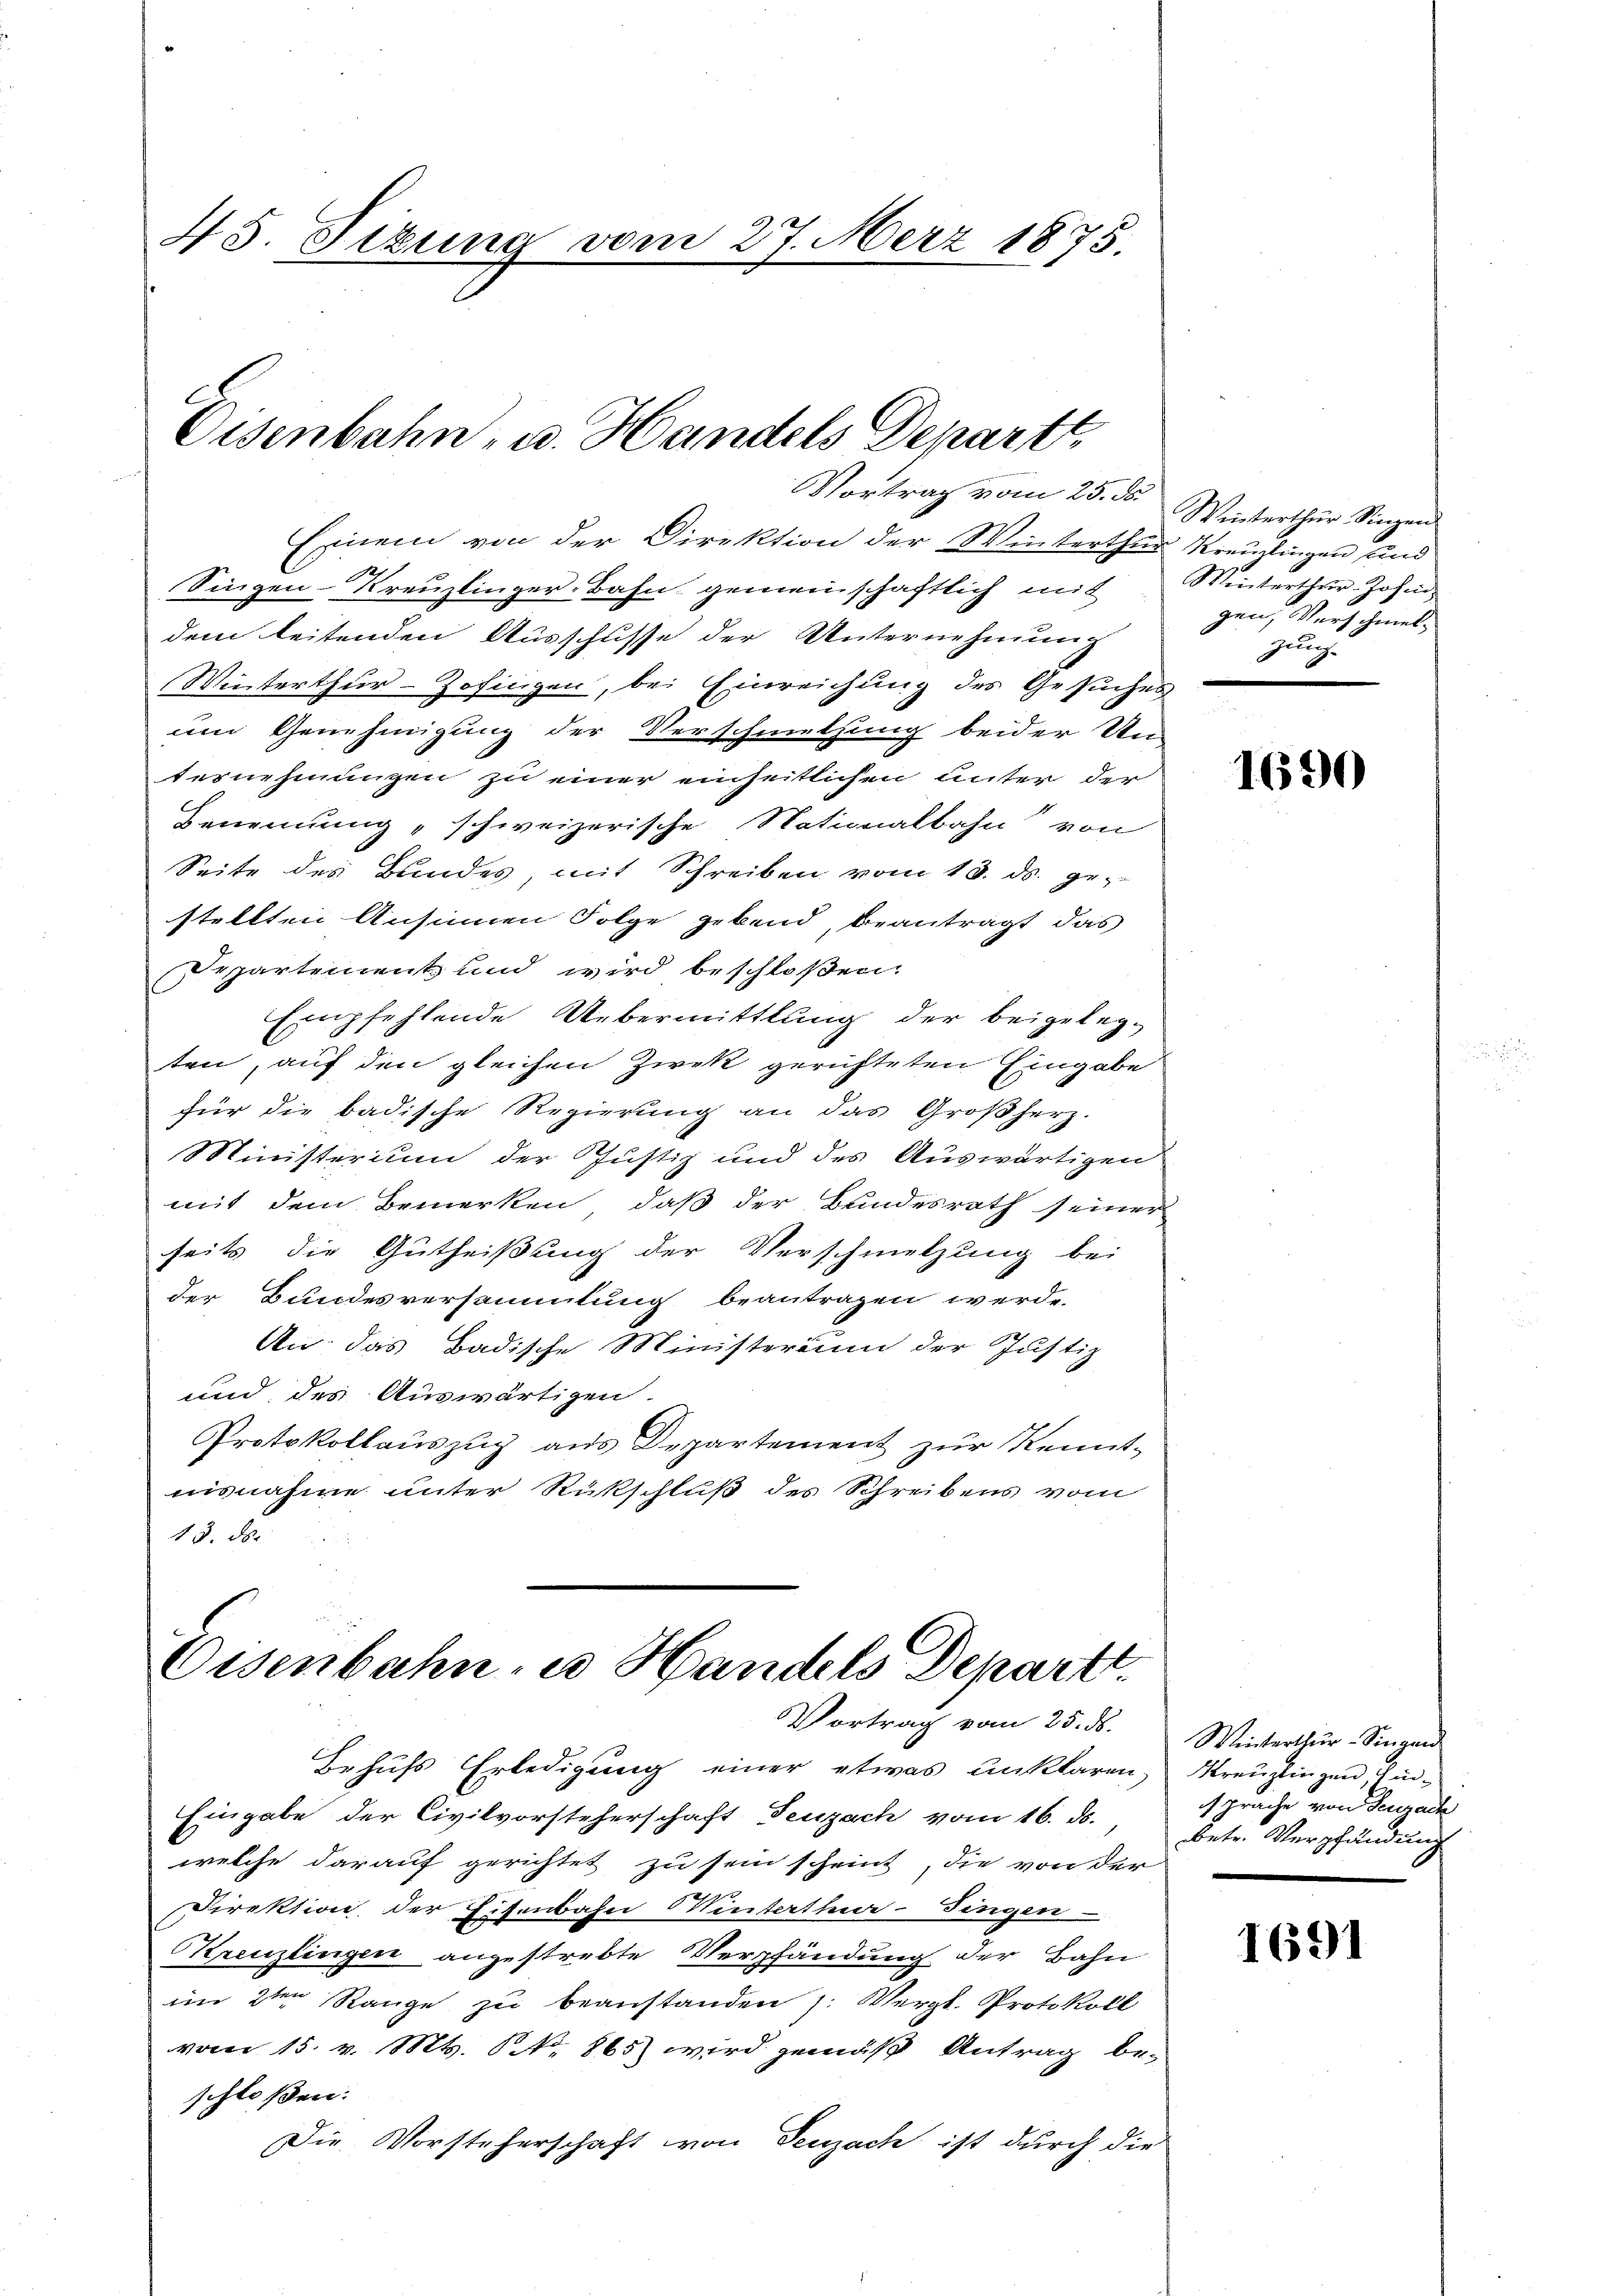
45. Sizung vom 27. März 1875.

Eisenbahn, u. Handels Departe

Einem von der Direktion der Winterthur Kreuzlingen und
Singen-Kreuzlinger-Bahn gemeinschaftlich mit Winterthur-Johin
dem leitenden Ausschusse der Unternehmung
Winterthur–Zofingen, bei Einreichung des Gesuches
um Genehmigung der Verschmetzung beider Un-
ternehmungen zu einer einheitlichen unter der
Benennung „schweizerische Nationalbahn von
Seite des Bundes, mit Schreiben vom 13. ds. ge-
stellten Ansinnen Folge gebend, beantragt das
Departement und wird beschloßen:
Empfehlende Uebermittlung der beigelegten, auf den gleichen Zwek gerichteten Eingabe
für die badische Regierung an das Großherz-
Ministerium der Justiz und des Auswärtigen
mit dem Bemerken, daß der Bundesrath seiner
seits die Gutheißung der Verschmetzung bei
der Bundesversammlung beantragen werde.
An das Badische Ministerium der Justiz
und des Auswärtigen.
Protokollauszug aus Departement zur Kenntnisnahme unter Rückschluß des Schreibens vom
13. ds.

Vortrag vom 25. ds. Winterthur Singen

Eisenbahn, u. Handels Depart.
Vortrag vom 25. ds.

Behufs Erledigung einer etwas unklaren, Kreuzlingen, Ein¬
Eingabe der Civilvorsteherschaft Feuzach vom 16. ds.,
welche darauf gerichtet zu sein scheint, die von der
Direktion der Eisenbahn Winterthur–Singen
Krenzlingen angestrebte Verpfändung der Bahn
im 2ten Range zu beanstanden 1. Vergl. Protokoll
vom 15. v. Mts. N. 865) wird gemäß Antrag be-
schloßen:
Die Vorsteherschaft von Seuzach ist durch die

gen, Verschmel¬
Zung

1690

Winterthur–Singen
sprache von Seuzach
betr. Verpfändung

1691